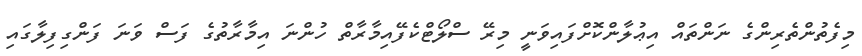
މިފެތުންތެރިންގެ ނަންތައް އިޢުލާންކޮށްފައިވަނީ މިރޭ ސްލޯޓްކެފޭއިމާރާތް ހުންނަ އިމާރާތުގެ ފަސް ވަނަ ފަންގިފިލާގައި